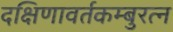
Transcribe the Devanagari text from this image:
दक्षिणावर्तकम्बुरत्न